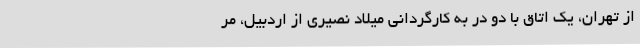
از تهران، یک اتاق با دو در به کارگردانی میلاد نصیری از اردبیل، مر